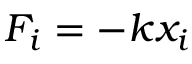
F _ { i } = - k x _ { i }